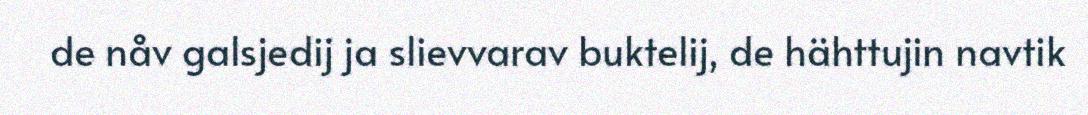
de nåv galsjedij ja slievvarav buktelij, de hähttujin navtik